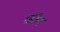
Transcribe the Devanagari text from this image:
।डीग